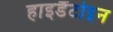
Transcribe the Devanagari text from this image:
हाइडैंटोइन